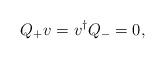
LaTeX: \begin{align*}Q_{+}{v}={v}^{\dagger }Q_{-}=0,\end{align*}